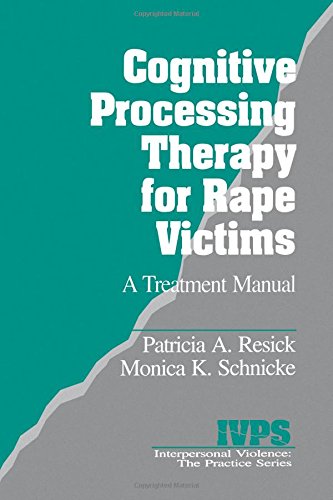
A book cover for Cognitive Processing Therapy for Rape Victims: A Treatment Manual (Interpersonal Violence: The Practice Series); Patricia A. Resick; Politics & Social Sciences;